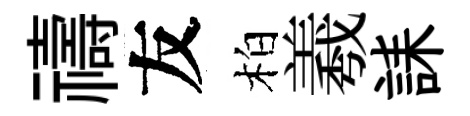
禱友柏羲誄